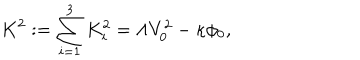
LaTeX: K ^ { 2 } : = \sum _ { i = 1 } ^ { 3 } K _ { i } ^ { 2 } = \Lambda V _ { 0 } ^ { 2 } - \kappa \phi _ { 0 } ,